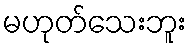
မဟုတ်သေးဘူး